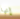
إنها